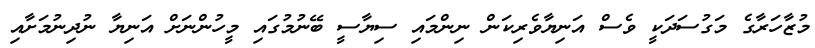
މުޒާހަރާގެ މަގުސަދަކީ ވެސް އަނިޔާވެރިކަން ނިންމައި ސިޔާސީ ބޭނުމުގައި މީހުންނަށް އަނިޔާ ނުދިނުމަށާއި